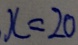
x = 2 0